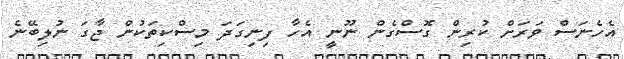
އެހެނަސް ވަރަށް ކުރިން ގޮސްގެން ނޫނީ އެހާ ފިނިގަދަ މިސްކިތަކުން ޖާގަ ނުލިބޭނެ